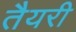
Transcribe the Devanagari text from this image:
तैयरी